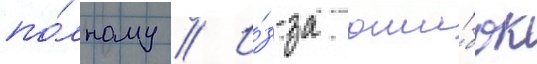
по́лному // И́з-за оши́бок